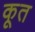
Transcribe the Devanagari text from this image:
कूत